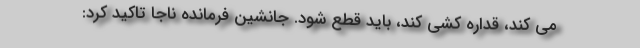
می کند، قداره کشی کند، باید قطع شود. جانشین فرمانده ناجا تاکید کرد: